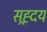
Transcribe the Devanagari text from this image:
सह्र्दय